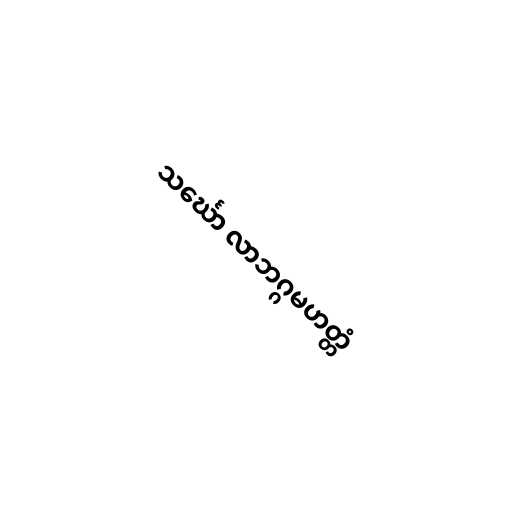
သင်္ဃော လာဘဂ္ဂမဟတ္တံ